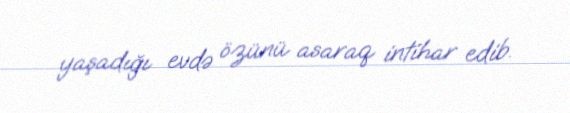
yaşadığı evdə özünü asaraq intihar edib.